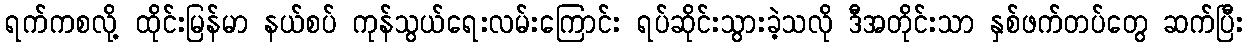
ရက်ကစလို့ ထိုင်းမြန်မာ နယ်စပ် ကုန်သွယ်ရေးလမ်းကြောင်း ရပ်ဆိုင်းသွားခဲ့သလို ဒီအတိုင်းသာ နှစ်ဖက်တပ်တွေ ဆက်ပြီး